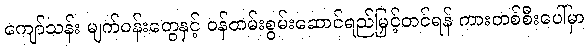
ကျော်သန်း မျက်ဝန်းတွေနှင့် ဝန်ထမ်းစွမ်းဆောင်ရည်မြှင့်တင်ရန် ကားတစ်စီးပေါ်မှာ